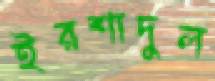
ইরশাদুল